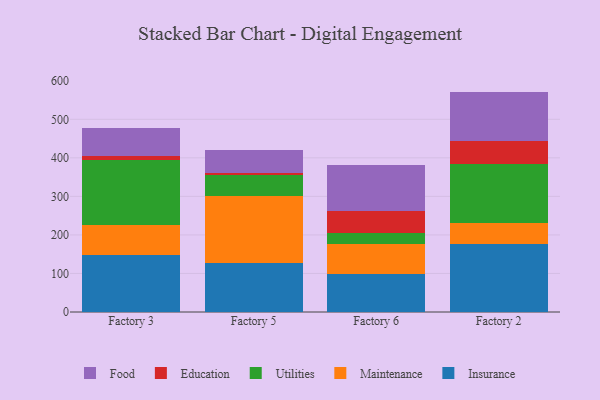
{"axis": {"x": "Factory", "y": "Production Output"}, "legend": ["Education", "Food", "Insurance", "Maintenance", "Utilities"], "data": [{"x": "Factory 3", "y": 148.4, "type": "Insurance"}, {"x": "Factory 3", "y": 77.4, "type": "Maintenance"}, {"x": "Factory 3", "y": 167.7, "type": "Utilities"}, {"x": "Factory 3", "y": 10.8, "type": "Education"}, {"x": "Factory 3", "y": 74.1, "type": "Food"}, {"x": "Factory 5", "y": 127.1, "type": "Insurance"}, {"x": "Factory 5", "y": 172.8, "type": "Maintenance"}, {"x": "Factory 5", "y": 54.7, "type": "Utilities"}, {"x": "Factory 5", "y": 5.2, "type": "Education"}, {"x": "Factory 5", "y": 61.4, "type": "Food"}, {"x": "Factory 6", "y": 99.0, "type": "Insurance"}, {"x": "Factory 6", "y": 77.3, "type": "Maintenance"}, {"x": "Factory 6", "y": 29.4, "type": "Utilities"}, {"x": "Factory 6", "y": 57.2, "type": "Education"}, {"x": "Factory 6", "y": 118.9, "type": "Food"}, {"x": "Factory 2", "y": 176.5, "type": "Insurance"}, {"x": "Factory 2", "y": 55.0, "type": "Maintenance"}, {"x": "Factory 2", "y": 153.1, "type": "Utilities"}, {"x": "Factory 2", "y": 59.8, "type": "Education"}, {"x": "Factory 2", "y": 127.5, "type": "Food"}]}